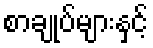
စာချုပ်များနှင့်